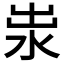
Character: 𱦄